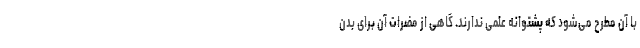
با آن مطرح می‌شود که پشتوانه علمی ندارند. گاهی از مضرات آن برای بدن